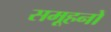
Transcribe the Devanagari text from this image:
समूहनों